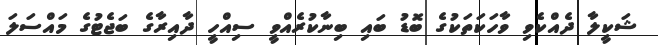
ޝަކީލާ ދެއްކެވި ވާހަކަތަކުގެ ބޮޑު ބައި ބިނާކުރެއްވީ ސިއްހީ ދާއިރާގެ ބަޖެޓުގެ މައްސަލަ